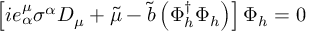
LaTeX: \left[ i e _ { \alpha } ^ { \mu } \sigma ^ { \alpha } D _ { \mu } + \widetilde { \mu } - \widetilde { b } \left( \Phi _ { h } ^ { \dagger } \Phi _ { h } \right) \right] \Phi _ { h } = 0